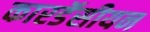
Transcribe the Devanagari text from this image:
कारडॅसीयन